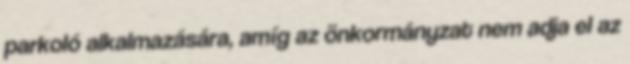
parkoló alkalmazására, amíg az önkormányzat nem adja el az